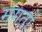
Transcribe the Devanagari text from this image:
मंगतों